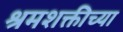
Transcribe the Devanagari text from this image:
श्रमशक्तीच्या